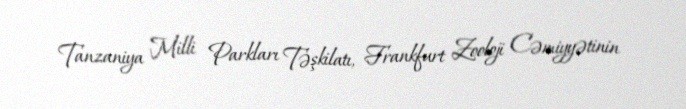
Tanzaniya Milli Parkları Təşkilatı, Frankfurt Zooloji Cəmiyyətinin